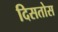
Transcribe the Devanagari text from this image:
दिसतोस